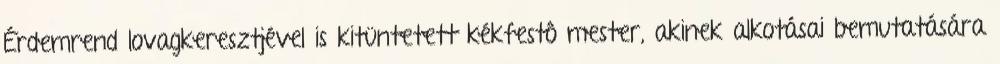
Érdemrend lovagkeresztjével is kitüntetett kékfestô mester, akinek alkotásai bemutatására